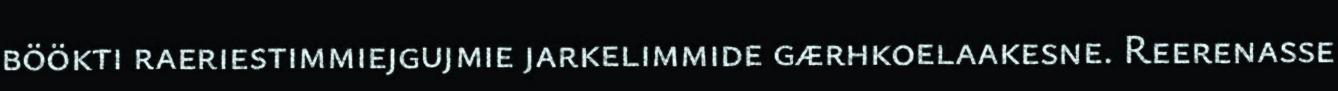
böökti raeriestimmiejgujmie jarkelimmide gærhkoelaakesne. Reerenasse